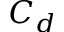
C _ { d }